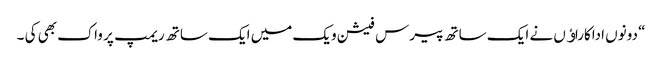
“ دونوں اداکاراﺅں نے ایک ساتھ پیرس فیشن ویک میں ایک ساتھ ریمپ پر واک بھی کی ۔